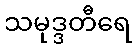
သမုဒ္ဒတီရေ